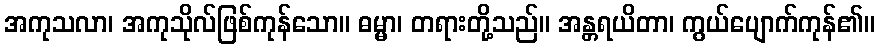
အကုသလာ၊ အကုသိုလ်ဖြစ်ကုန်သော။ ဓမ္မာ၊ တရားတို့သည်။ အန္တရယိတာ၊ ကွယ်ပျောက်ကုန်၏။